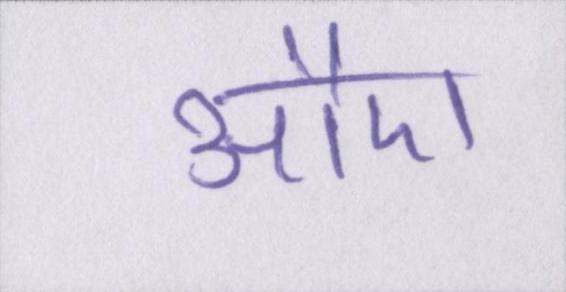
औए